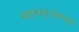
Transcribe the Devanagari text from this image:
सहस्रभुजमध्वरे